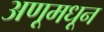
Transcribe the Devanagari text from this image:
अणूमधून